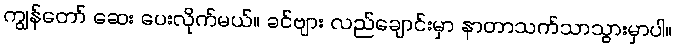
ကျွန်တော် ဆေး ပေးလိုက်မယ်။ ခင်ဗျား လည်ချောင်းမှာ နာတာသက်သာသွားမှာပါ။